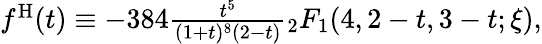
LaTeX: \begin{array}{r}{f^{\mathrm{H}}(t)\equiv-384\frac{t^{5}}{(1+t)^{8}(2-t)}{}_{2}F_{1}(4,2-t,3-t;\xi),}\end{array}